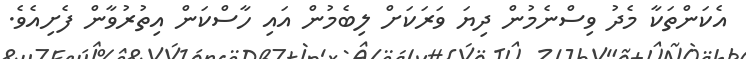
އެކަންތަކާ މެދު ވިސްނެމުން ދިޔަ ވަރަކަށް ލިބެމުން އައި ހާސްކަން އިތުރުވާން ފެށިއެވެ.